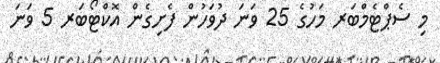
މި ސެޕްޓެމްބަރ މަހުގެ 25 ވަނަ ދުވަހުން ފެށިގެން އޮކްޓޯބަރ 5 ވަނަ